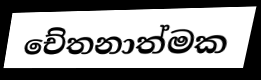
චේතනාත්මක